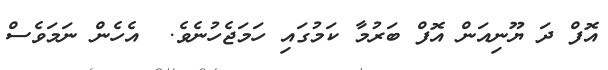
އޮފް ދަ ޔޫނިއަން އޮފް ބަރުމާ ކަމުގައި ހަމަޖެހުނެވެ.  އެހެން ނަމަވެސް